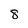
Character: 8